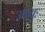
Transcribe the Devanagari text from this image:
आयुः